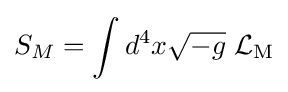
S_{M}=\int d^{4}x{\sqrt {-g}}\;{\mathcal {L}}_{\mathrm {M} }